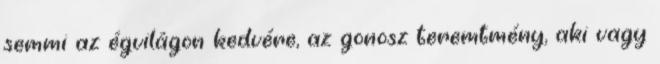
semmi az égvilágon kedvére, az gonosz teremtmény, aki vagy